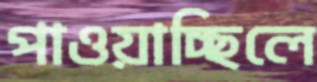
পাওয়াচ্ছিলে